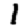
Digit: 1